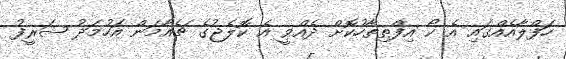
ހަފްލާއެއްގައި އެ ކޯ އިފްތިތާހުކޮށް ދެއްވީ އެ ކޮލެޖުގެ ޗެއާމަން އަހުމަދު ޝަރީފު